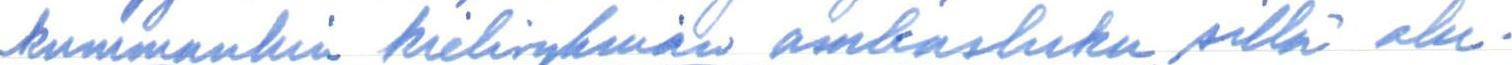
kummankin kieliryhmän asukasluku sillä alu-